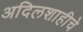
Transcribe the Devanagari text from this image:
अदिलशाहीचे